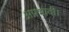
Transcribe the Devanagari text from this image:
अप्रभावी।